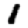
Digit: 1